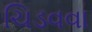
ચિડવવા